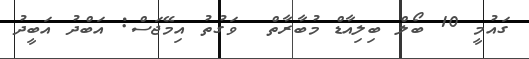
ގައުމީ 10 ބޯލް ބިލިއާޑް މުބާރާތް  ވަގުތު އިމޭޖަސް: އަބްދު އަބީދު